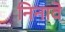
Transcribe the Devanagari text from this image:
निनावे